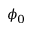
\phi _ { 0 }